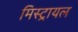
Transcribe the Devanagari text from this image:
मिस्ट्रायल